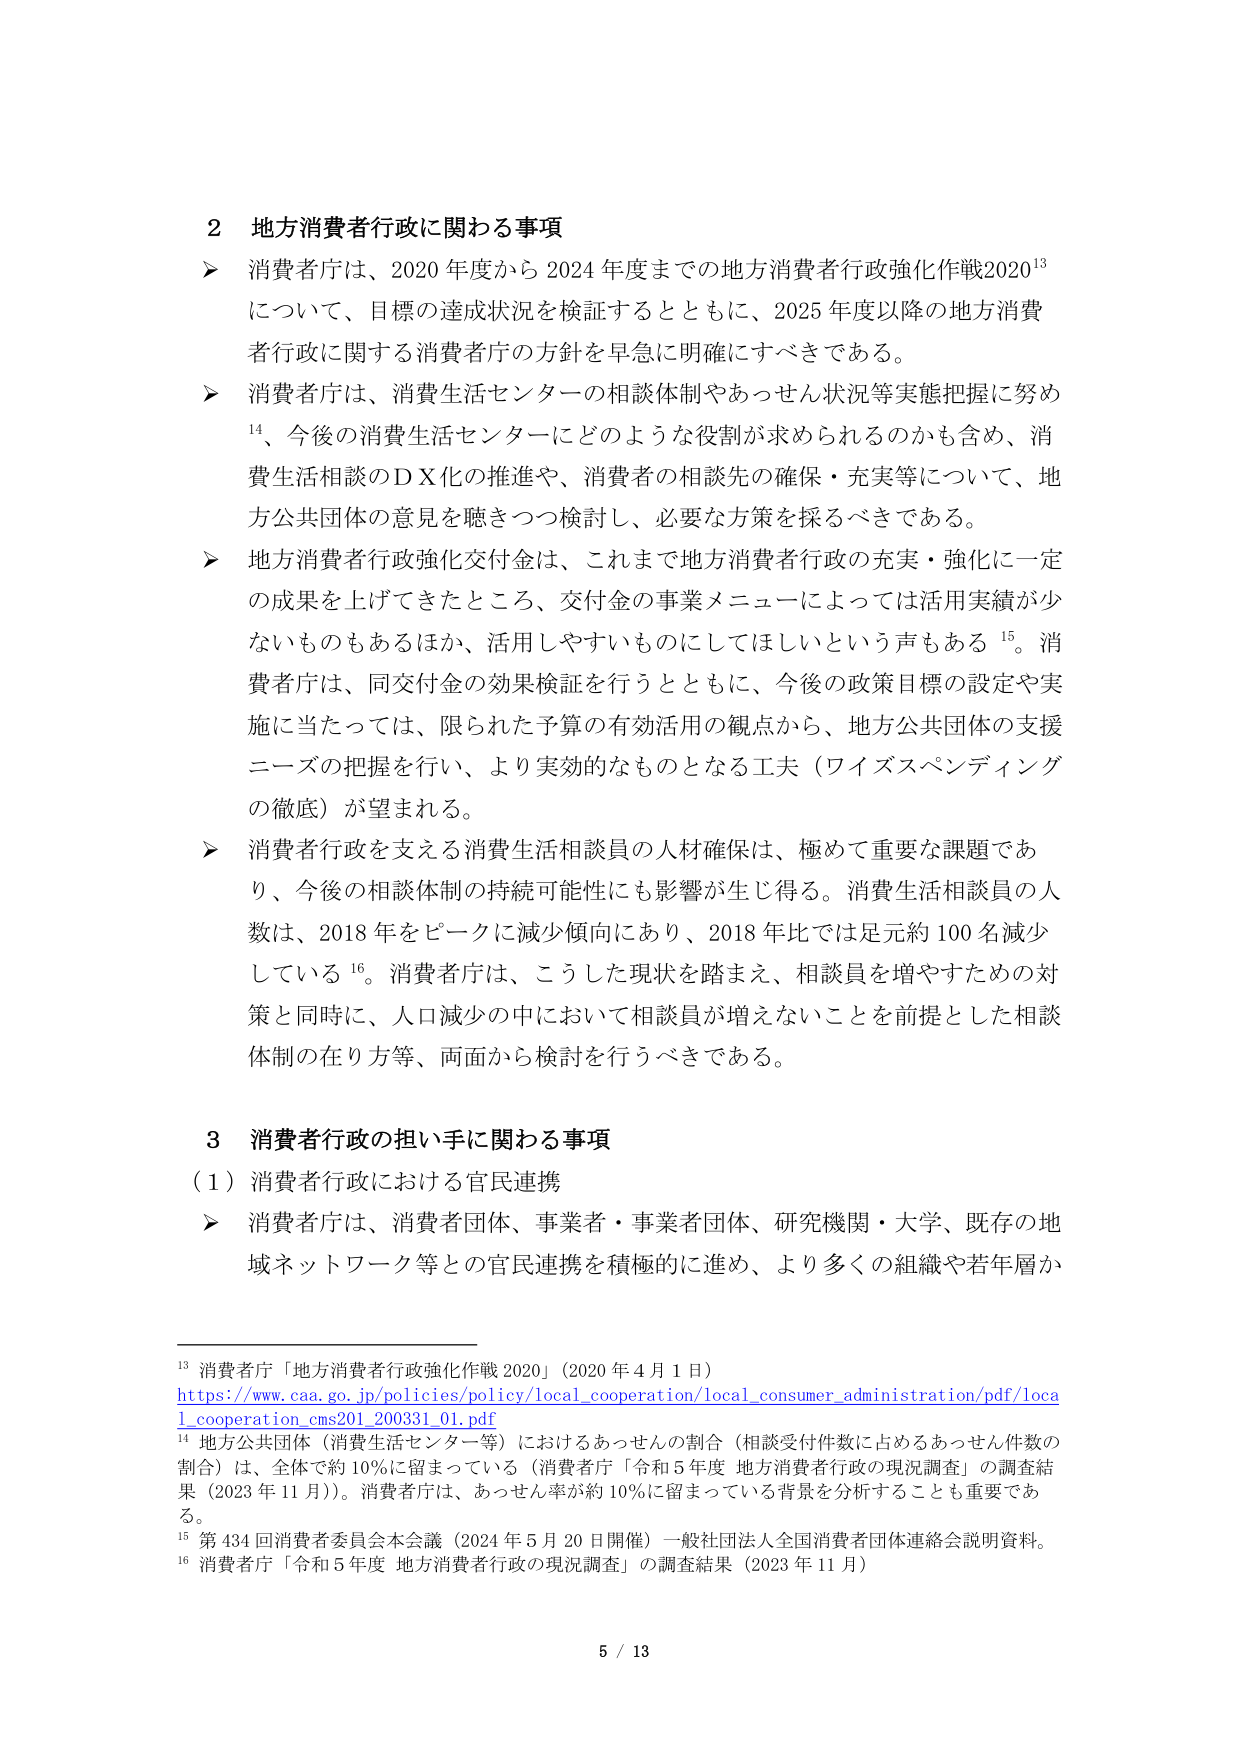
2 地方消費者行政に関わる事項
➤ 消費者庁は、2020年度から2024年度までの地方消費者行政強化作戦2020¹³について、目標の達成状況を検証するとともに、2025年度以降の地方消費者行政に関する消費者庁の方針を早急に明確にすべきである。
➤ 消費者庁は、消費生活センターの相談体制やあっせん状況等実態把握に努め¹⁴、今後の消費生活センターにどのような役割が求められるのかも含め、消費生活相談のＤＸ化の推進や、消費者の相談先の確保・充実等について、地方公共団体の意見を聴きつつ検討し、必要な方策を採るべきである。
➤ 地方消費者行政強化交付金は、これまで地方消費者行政の充実・強化に一定の成果を上げてきたところ、交付金の事業メニューによっては活用実績が少ないものもあるほか、活用しやすいものにしてほしいという声もある¹⁵。消費者庁は、同交付金の効果検証を行うとともに、今後の政策目標の設定や実施に当たっては、限られた予算の有効活用の観点から、地方公共団体の支援ニーズの把握を行い、より実効的なものとなる工夫（ワイズスペンディングの徹底）が望まれる。
➤ 消費者行政を支える消費生活相談員の人材確保は、極めて重要な課題であり、今後の相談体制の持続可能性にも影響が生じ得る。消費生活相談員の人数は、2018年をピークに減少傾向にあり、2018年比では足元約100名減少している¹⁶。消費者庁は、こうした現状を踏まえ、相談員を増やすための対策と同時に、人口減少の中において相談員が増えないことを前提とした相談体制の在り方等、両面から検討を行うべきである。

3 消費者行政の担い手に関わる事項
（1）消費者行政における官民連携
➤ 消費者庁は、消費者団体、事業者・事業者団体、研究機関・大学、既存の地域ネットワーク等との官民連携を積極的に進め、より多くの組織や若年層か

¹³ 消費者庁「地方消費者行政強化作戦2020」（2020年4月1日）
https://www.caa.go.jp/policies/policy/local_cooperation/local_consumer_administration/pdf/local_cooperation_cms201_200331_01.pdf
¹⁴ 地方公共団体（消費生活センター等）におけるあっせんの割合（相談受付件数に占めるあっせん件数の割合）、全体で約10％に留まっている（消費者庁「令和5年度 地方消費者行政の現況調査」の調査結果（2023年11月））。消費者庁は、あっせん率が約10％に留まっている背景を分析することも重要である。
¹⁵ 第434回消費者委員会本会議（2024年5月20日開催）一般社団法人全国消費者団体連絡会説明資料。
¹⁶ 消費者庁「令和5年度 地方消費者行政の現況調査」の調査結果（2023年11月）

5 / 13